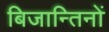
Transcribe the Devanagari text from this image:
बिजान्तिनों